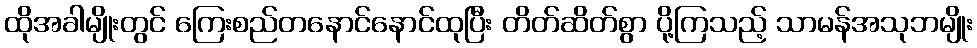
ထိုအခါမျိုးတွင် ကြေးစည်တနောင်နောင်ထုပြီး တိတ်ဆိတ်စွာ ပို့ကြသည့် သာမန်အသုဘမျိုး